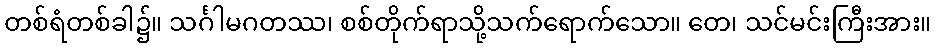
တစ်ရံတစ်ခါ၌။ သင်္ဂါမဂတဿ၊ စစ်တိုက်ရာသို့သက်ရောက်သော။ တေ၊ သင်မင်းကြီးအား။